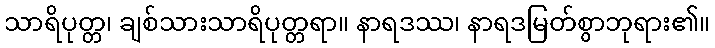
သာရိပုတ္တ၊ ချစ်သားသာရိပုတ္တရာ။ နာရဒဿ၊ နာရဒမြတ်စွာဘုရား၏။